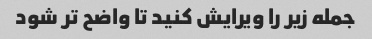
جمله زیر را ویرایش کنید تا واضح تر شود